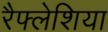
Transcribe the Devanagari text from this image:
रैफ्लेशिया